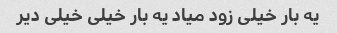
یه بار خیلی زود میاد یه بار خیلی خیلی دیر